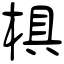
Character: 椇